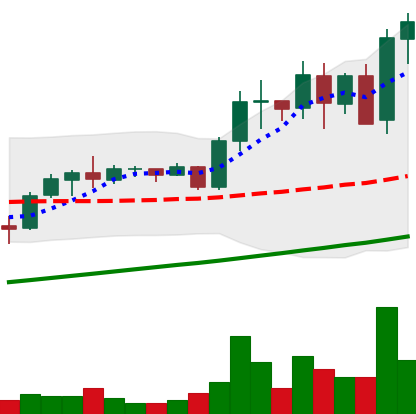
Ticker: ADA-USD
Chart end date: 2021-05-14
Forward return: -26.051%
Label: down_7plus